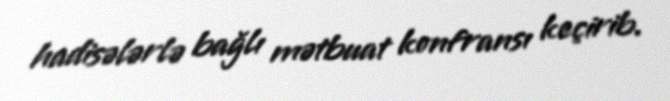
hadisələrlə bağlı mətbuat konfransı keçirib.